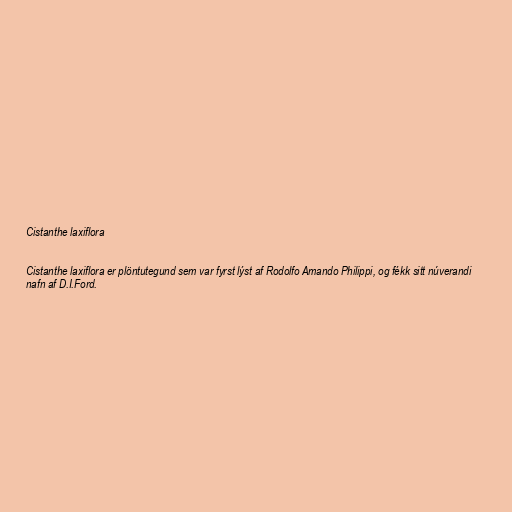
Cistanthe laxiflora

Cistanthe laxiflora er plöntutegund sem var fyrst lýst af Rodolfo Amando Philippi, og fékk sitt núverandi
nafn af D.I.Ford.